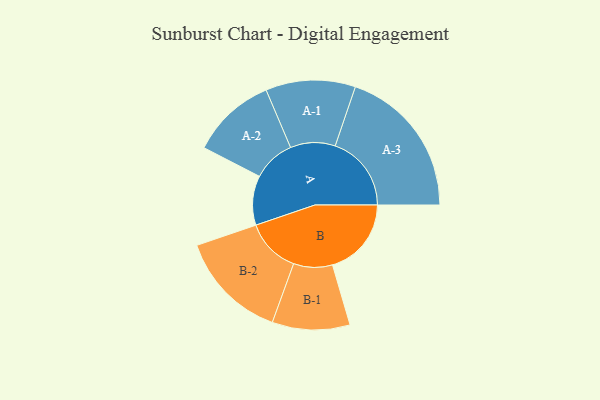
{"axis": {"x": "Segment", "y": "Value"}, "legend": ["", "A", "B"], "data": [{"x": "A", "y": 164, "type": ""}, {"x": "B", "y": 262, "type": ""}, {"x": "A-1", "y": 149, "type": "A"}, {"x": "A-2", "y": 141, "type": "A"}, {"x": "A-3", "y": 253, "type": "A"}, {"x": "B-1", "y": 129, "type": "B"}, {"x": "B-2", "y": 182, "type": "B"}]}